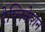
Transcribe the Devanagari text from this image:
रेप्लिकेशन